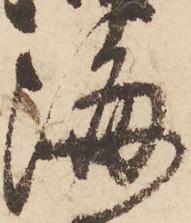
海